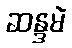
ဆန္ဒမဲ